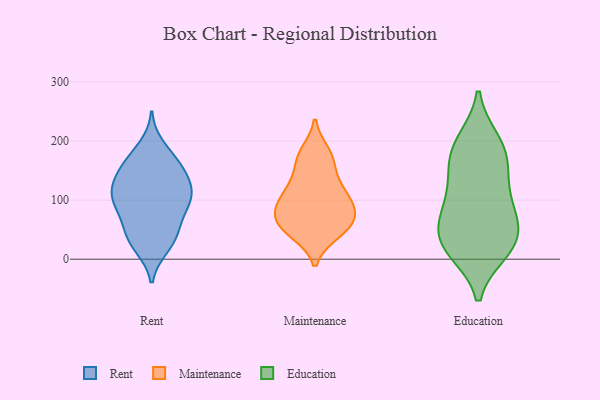
{"axis": {"x": "Demand Index", "y": "Value"}, "legend": ["Education", "Maintenance", "Rent"], "data": [{"x": "", "y": 41, "type": "Rent"}, {"x": "", "y": 117, "type": "Rent"}, {"x": "", "y": 167, "type": "Rent"}, {"x": "", "y": 131, "type": "Rent"}, {"x": "", "y": 42, "type": "Rent"}, {"x": "", "y": 94, "type": "Rent"}, {"x": "", "y": 98, "type": "Rent"}, {"x": "", "y": 132, "type": "Rent"}, {"x": "", "y": 191, "type": "Rent"}, {"x": "", "y": 149, "type": "Rent"}, {"x": "", "y": 22, "type": "Rent"}, {"x": "", "y": 20, "type": "Rent"}, {"x": "", "y": 121, "type": "Rent"}, {"x": "", "y": 48, "type": "Rent"}, {"x": "", "y": 87, "type": "Rent"}, {"x": "", "y": 166, "type": "Rent"}, {"x": "", "y": 98, "type": "Rent"}, {"x": "", "y": 70, "type": "Rent"}, {"x": "", "y": 107, "type": "Rent"}, {"x": "", "y": 158, "type": "Rent"}, {"x": "", "y": 96, "type": "Maintenance"}, {"x": "", "y": 80, "type": "Maintenance"}, {"x": "", "y": 75, "type": "Maintenance"}, {"x": "", "y": 51, "type": "Maintenance"}, {"x": "", "y": 180, "type": "Maintenance"}, {"x": "", "y": 53, "type": "Maintenance"}, {"x": "", "y": 124, "type": "Maintenance"}, {"x": "", "y": 128, "type": "Maintenance"}, {"x": "", "y": 96, "type": "Maintenance"}, {"x": "", "y": 169, "type": "Maintenance"}, {"x": "", "y": 53, "type": "Maintenance"}, {"x": "", "y": 45, "type": "Maintenance"}, {"x": "", "y": 109, "type": "Maintenance"}, {"x": "", "y": 169, "type": "Maintenance"}, {"x": "", "y": 75, "type": "Maintenance"}, {"x": "", "y": 14, "type": "Education"}, {"x": "", "y": 200, "type": "Education"}, {"x": "", "y": 20, "type": "Education"}, {"x": "", "y": 62, "type": "Education"}, {"x": "", "y": 56, "type": "Education"}, {"x": "", "y": 160, "type": "Education"}, {"x": "", "y": 200, "type": "Education"}, {"x": "", "y": 174, "type": "Education"}, {"x": "", "y": 25, "type": "Education"}, {"x": "", "y": 52, "type": "Education"}, {"x": "", "y": 158, "type": "Education"}, {"x": "", "y": 114, "type": "Education"}, {"x": "", "y": 86, "type": "Education"}, {"x": "", "y": 17, "type": "Education"}, {"x": "", "y": 104, "type": "Education"}]}